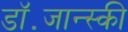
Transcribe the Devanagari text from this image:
डॉ॰जान्स्की